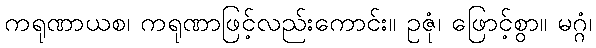
ကရုဏာယစ၊ ကရုဏာဖြင့်လည်းကောင်း။ ဥဇုံ၊ ဖြောင့်စွာ။ မဂ္ဂံ၊